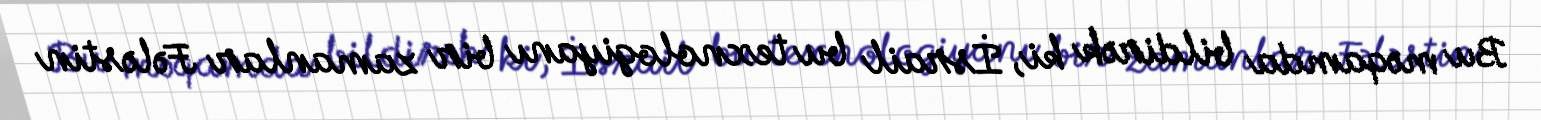
Bu məqamda bildirək ki, İsrail bu texnologiyanı bir zamanlar Fələstin